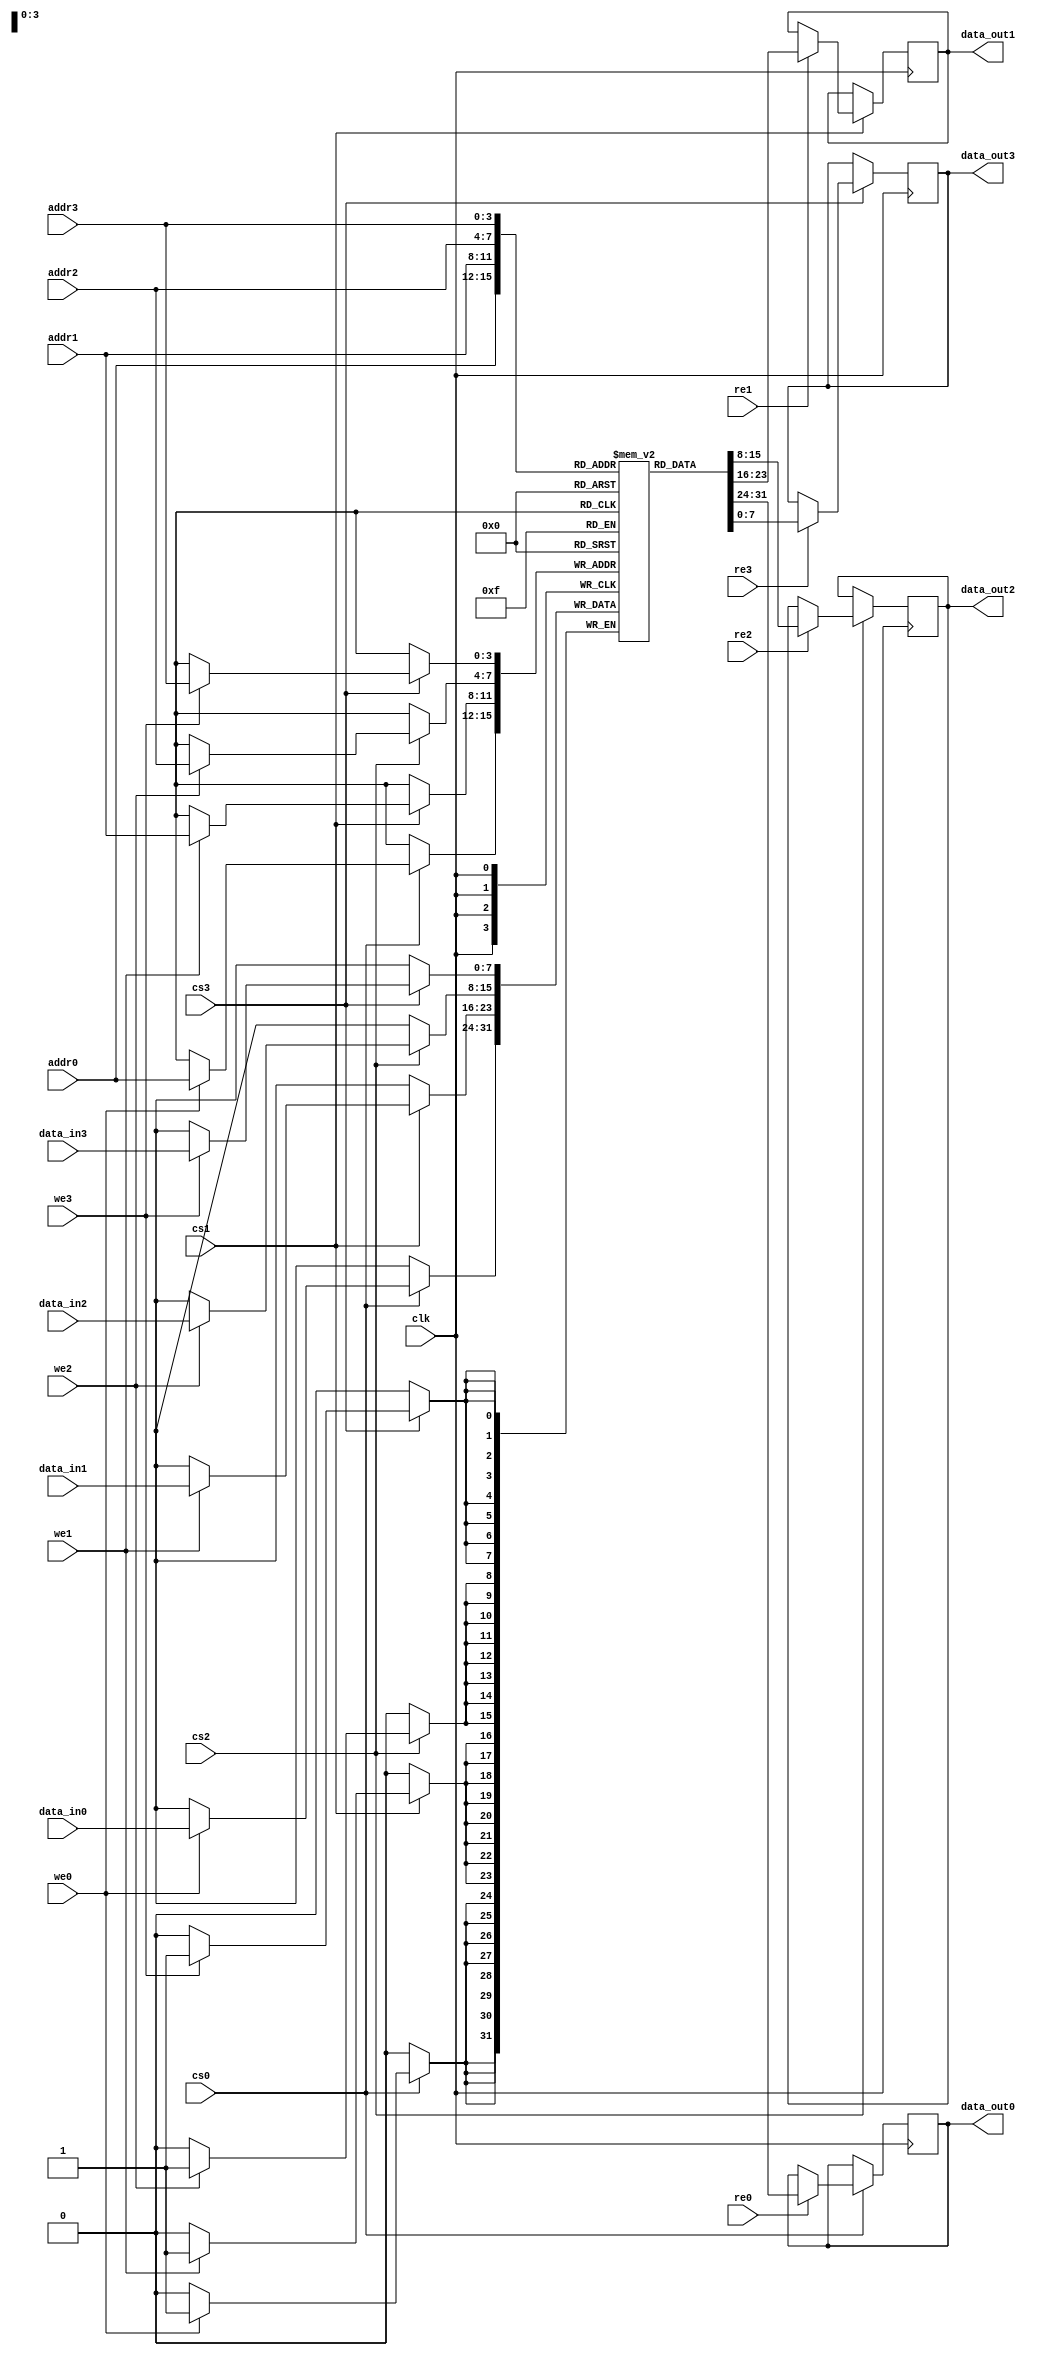
module MPSRAM #(
    parameter DATA_WIDTH = 8,      // Width of the data bus
    parameter ADDR_WIDTH = 4,      // Width of the address bus
    parameter MEM_DEPTH = (1 << ADDR_WIDTH) // Depth of memory (2^ADDR_WIDTH)
)(
    input  wire                 clk,          // Clock signal
    input  wire [ADDR_WIDTH-1:0] addr0,      // Address for port 0
    input  wire [DATA_WIDTH-1:0] data_in0,   // Data input for port 0
    input  wire                 we0,          // Write enable for port 0
    input  wire                 re0,          // Read enable for port 0
    input  wire                 cs0,          // Chip select for port 0
    output reg  [DATA_WIDTH-1:0] data_out0,  // Data output for port 0

    input  wire [ADDR_WIDTH-1:0] addr1,      // Address for port 1
    input  wire [DATA_WIDTH-1:0] data_in1,   // Data input for port 1
    input  wire                 we1,          // Write enable for port 1
    input  wire                 re1,          // Read enable for port 1
    input  wire                 cs1,          // Chip select for port 1
    output reg  [DATA_WIDTH-1:0] data_out1,  // Data output for port 1

    input  wire [ADDR_WIDTH-1:0] addr2,      // Address for port 2
    input  wire [DATA_WIDTH-1:0] data_in2,   // Data input for port 2
    input  wire                 we2,          // Write enable for port 2
    input  wire                 re2,          // Read enable for port 2
    input  wire                 cs2,          // Chip select for port 2
    output reg  [DATA_WIDTH-1:0] data_out2,  // Data output for port 2

    input  wire [ADDR_WIDTH-1:0] addr3,      // Address for port 3
    input  wire [DATA_WIDTH-1:0] data_in3,   // Data input for port 3
    input  wire                 we3,          // Write enable for port 3
    input  wire                 re3,          // Read enable for port 3
    input  wire                 cs3,          // Chip select for port 3
    output reg  [DATA_WIDTH-1:0] data_out3   // Data output for port 3
);

    // Memory array declaration
    reg [DATA_WIDTH-1:0] mem_array [0:MEM_DEPTH-1];

    // Read and Write Operations for Port 0
    always @(posedge clk) begin
        if (cs0) begin
            if (we0) begin
                mem_array[addr0] <= data_in0; // Write operation
            end
            if (re0) begin
                data_out0 <= mem_array[addr0]; // Read operation
            end
        end
    end

    // Read and Write Operations for Port 1
    always @(posedge clk) begin
        if (cs1) begin
            if (we1) begin
                mem_array[addr1] <= data_in1; // Write operation
            end
            if (re1) begin
                data_out1 <= mem_array[addr1]; // Read operation
            end
        end
    end

    // Read and Write Operations for Port 2
    always @(posedge clk) begin
        if (cs2) begin
            if (we2) begin
                mem_array[addr2] <= data_in2; // Write operation
            end
            if (re2) begin
                data_out2 <= mem_array[addr2]; // Read operation
            end
        end
    end

    // Read and Write Operations for Port 3
    always @(posedge clk) begin
        if (cs3) begin
            if (we3) begin
                mem_array[addr3] <= data_in3; // Write operation
            end
            if (re3) begin
                data_out3 <= mem_array[addr3]; // Read operation
            end
        end
    end

endmodule